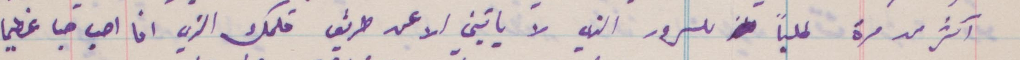
اكثر من مرة طلبًا للسرور الذي لا يأتيني الا عن طريق قلمك الذي انا احب حبًا عظيمًا